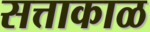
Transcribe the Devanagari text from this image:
सत्ताकाळ